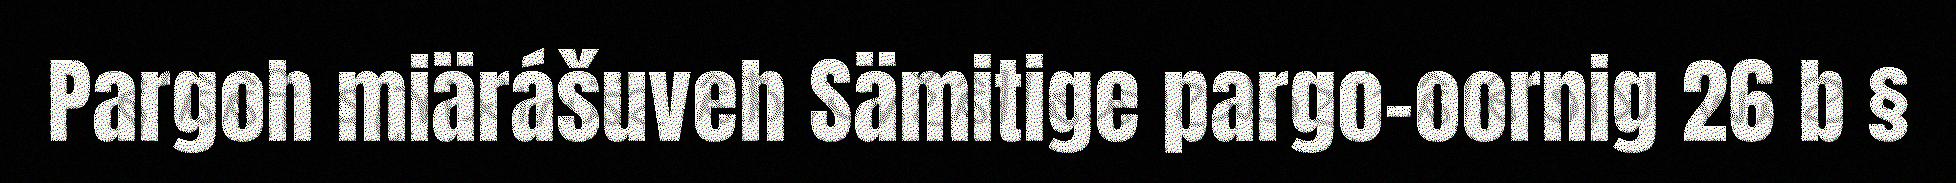
Pargoh miärášuveh Sämitige pargo-oornig 26 b §